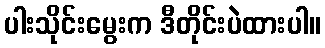
ပါးသိုင်းမွေးက ဒီတိုင်းပဲထားပါ။